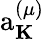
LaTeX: \mathrm{a}_{\mathbf K}^{(\mu)}